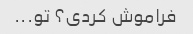
فراموش کردی؟ تو...